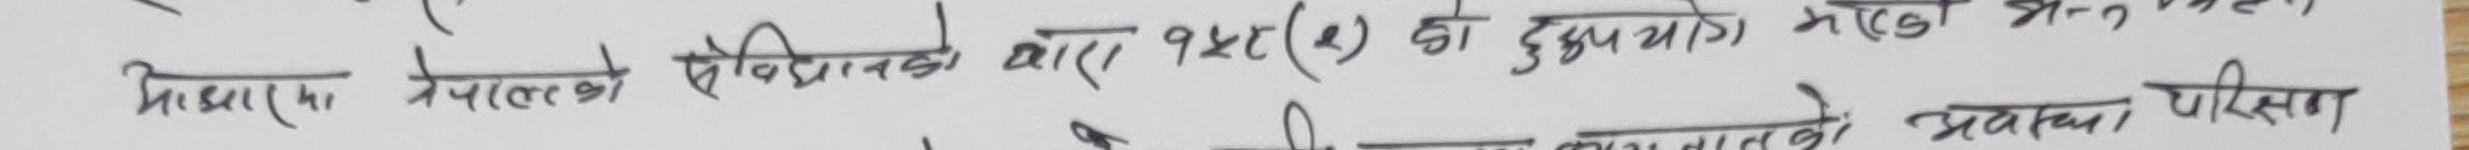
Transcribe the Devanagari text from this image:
शिक्षामा नेपालको संविधनको धारा १५(१) को दुरुपयोग भएको भन्नु पर्थ्यो।
अवस्था परिक्षण